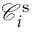
\mathcal { C } _ { i } ^ { \mathrm { s } }